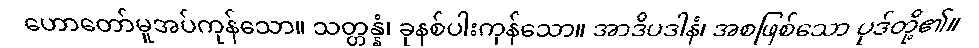
ဟောတော်မူအပ်ကုန်သော။ သတ္တန္နံ၊ ခုနစ်ပါးကုန်သော။ အာဒိပဒါနံ၊ အစဖြစ်သော ပုဒ်တို့၏။